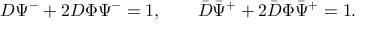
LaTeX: D \Psi ^ { - } + 2 D \Phi \Psi ^ { - } = 1 , \qquad \bar { D } \bar { \Psi } ^ { + } + 2 \bar { D } \Phi \bar { \Psi } ^ { + } = 1 .